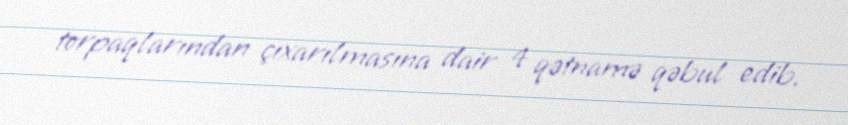
torpaqlarından çıxarılmasına dair 4 qətnamə qəbul edib.